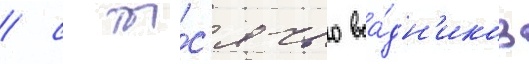
/ с ты́с'ячью вса́дн'иков